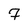
Character: 7